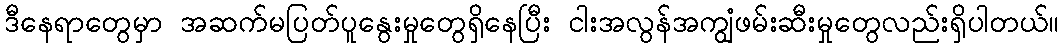
ဒီနေရာတွေမှာ အဆက်မပြတ်ပူနွေးမှုတွေရှိနေပြီး ငါးအလွန်အကျွံဖမ်းဆီးမှုတွေလည်းရှိပါတယ်။